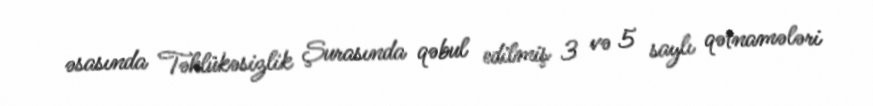
əsasında Təhlükəsizlik Şurasında qəbul edilmiş 3 və 5 saylı qətnamələri